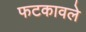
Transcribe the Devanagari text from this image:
फटकावले